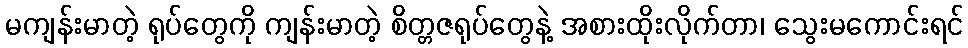
မကျန်းမာတဲ့ ရုပ်တွေကို ကျန်းမာတဲ့ စိတ္တဇရုပ်တွေနဲ့ အစားထိုးလိုက်တာ၊ သွေးမကောင်းရင်